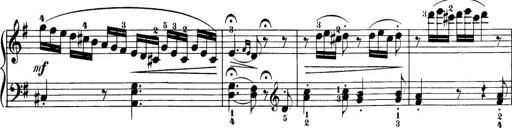
Title: 32 Sonatinas and Rondos for the Piano
Composer: Richard Kleinmichel